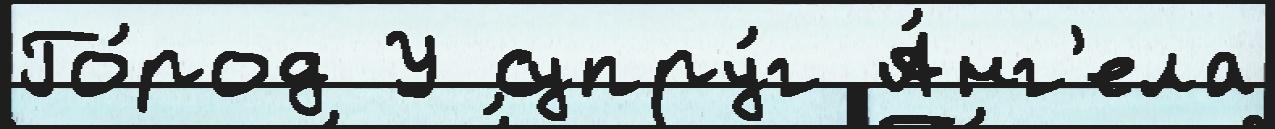
Го́род У супру́г А́нг'ела